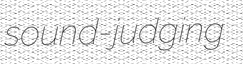
sound-judging